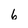
Character: 6